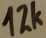
Text: 12K